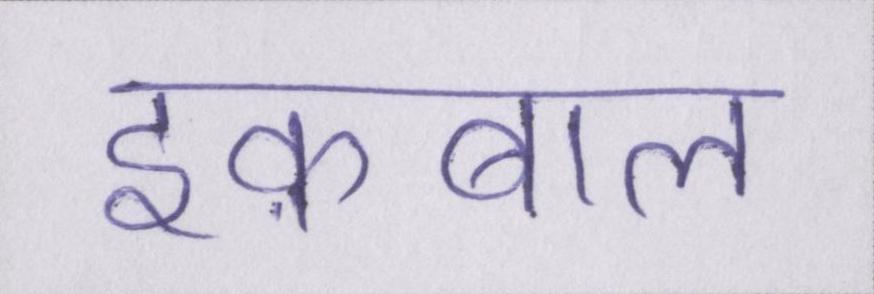
इक़बाल